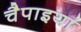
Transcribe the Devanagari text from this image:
चैपाइयां